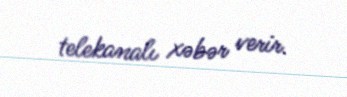
telekanalı xəbər verir.